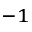
^ { - 1 }